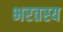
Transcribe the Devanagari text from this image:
भरतस्य